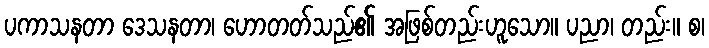
ပကာသနတာ ဒေသနတာ၊ ဟောတတ်သည်၏ အဖြစ်တည်းဟူသော။ ပညာ၊ တည်း။ စ၊